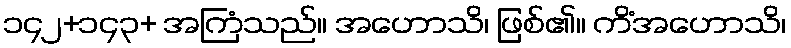
၁၄၂+၁၄၃+ အကြံသည်။ အဟောသိ၊ ဖြစ်၏။ ကိံအဟောသိ၊